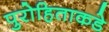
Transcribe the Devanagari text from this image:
पुरोहिताकडे